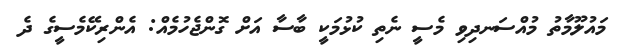
މައުލޫމާތު މުއްސަނދިވި މެސީ ނެތި ކުޅުމަކީ ބާސާ އަށް ގޮންޖެހުމެއް: އެންރިކޭމެސީގެ ދެ